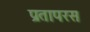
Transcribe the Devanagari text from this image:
प्रतापरस